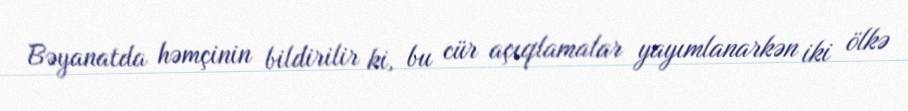
Bəyanatda həmçinin bildirilir ki, bu cür açıqlamalar yayımlanarkən iki ölkə